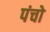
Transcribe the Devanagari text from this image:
पंचो